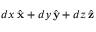
d x \, { \hat { \mathbf { x } } } + d y \, { \hat { \mathbf { y } } } + d z \, { \hat { \mathbf { z } } }